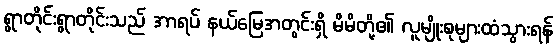
ရွာတိုင်းရွာတိုင်းသည် အာရပ် နယ်မြေအတွင်းရှိ မိမိတို့၏ လူမျိုးစုများထံသွားရန်